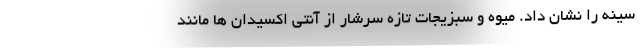
سینه را نشان داد. میوه و سبزیجات تازه سرشار از آنتی اکسیدان ها مانند